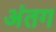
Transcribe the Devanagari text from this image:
अंतग